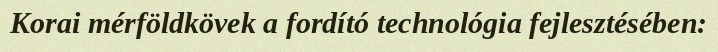
Korai mérföldkövek a fordító technológia fejlesztésében: